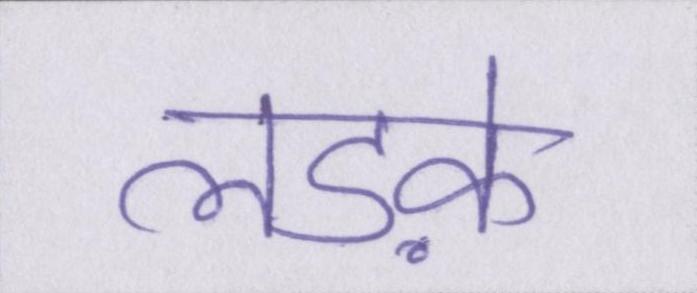
लडक़े